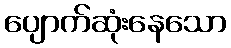
ပျောက်ဆုံးနေသော